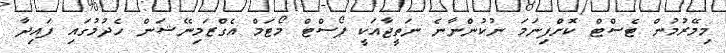
މިމޭރުމުން ޓެސްޓް ކޮށްފިނަމަ ނުކުންނާނެ ނަތީޖާއަކީ ޕޯސްޓް މޯޓަމް އެގްޒަމިނޭޝަން ހެދުމުގައި ފައިދާ